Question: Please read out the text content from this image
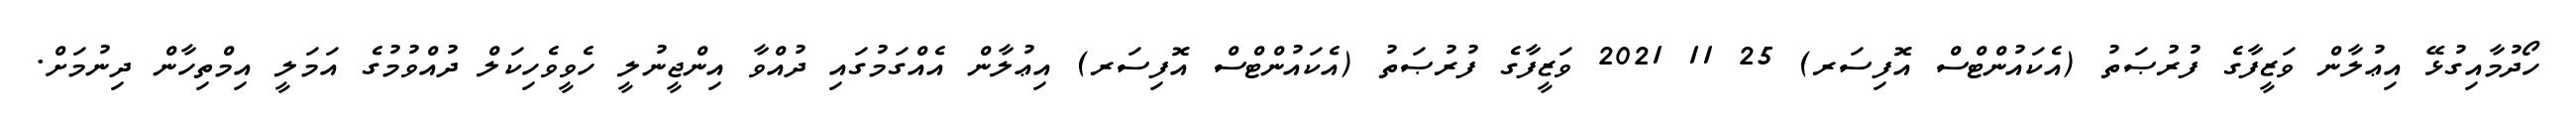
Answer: ހޯދުމާއިގުޅޭ އިޢުލާން ވަޒީފާގެ ފުރުޞަތު (އެކައުންޓްސް އޮފިސަރ) 25 11 2021 ވަޒީފާގެ ފުރުޞަތު (އެކައުންޓްސް އޮފިސަރ) އިޢުލާން އެއްގަމުގައި ދުއްވާ އިންޖީނުލީ ހެވީވެހިކަލް ދުއްވުމުގެ އަމަލީ އިމްތިހާން ދިނުމަށް.